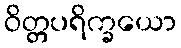
ဝိတ္တပရိက္ခယော